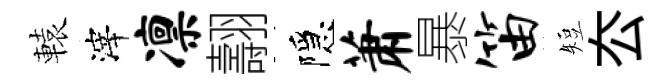
轅滓凛翿隱萧暴笛短厺